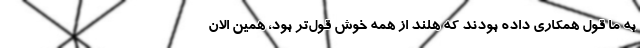
به ما قول همکاری داده بودند که هلند از همه خوش قول‌تر بود، همین الان